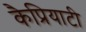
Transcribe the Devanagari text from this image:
कैप्रियाटी